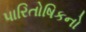
પારિતોષિકનો